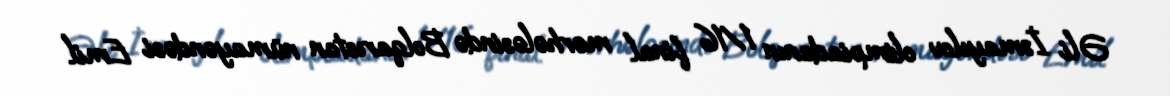
Əli İsmayılov olimpiadanın 1/16 final mərhələsində Bolqarıstan nümayəndəsi Emil